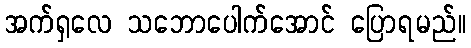
အက်ရှလေ သဘောပေါက်အောင် ပြောရမည်။